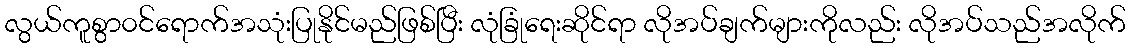
လွယ်ကူစွာ၀င်ရောက်အသုံးပြုနိုင်မည်ဖြစ်ပြီး လုံခြုံရေးဆိုင်ရာ လိုအပ်ချက်များကိုလည်း လိုအပ်သည်အလိုက်